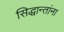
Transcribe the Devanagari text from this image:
सिद्धान्तांना